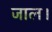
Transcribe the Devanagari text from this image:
जाल।